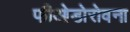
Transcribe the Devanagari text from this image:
फीओडोरोवना